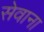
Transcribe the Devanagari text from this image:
सेवाना